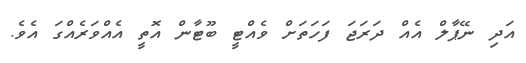
އަދި ނޭޕާލް އެއް ދަރަޖަ ފަހަތަށް ވެއްޓީ ބޫޓާން އޮތީ އެއްވަރެއްގަ އެވެ.